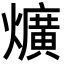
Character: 爌